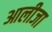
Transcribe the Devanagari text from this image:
आलीजा